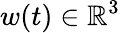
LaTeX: w(t)\in\mathbb{R}^{3}